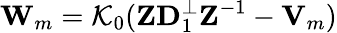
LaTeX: {\mathbf W}_{m}={\cal K}_{0}({\mathbf Z}{\mathbf D}_{1}^{\perp}{\mathbf Z}^{-1}-{\mathbf V}_{m})